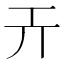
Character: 𢀘